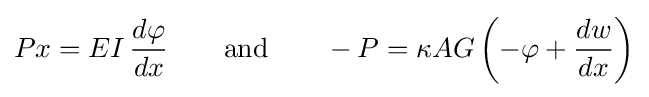
Px=EI\,{\frac {d\varphi }{dx}}\qquad {\text{and}}\qquad -P=\kappa AG\left(-\varphi +{\frac {dw}{dx}}\right)